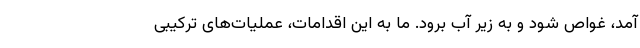
آمد، غواص شود و به زیر آب برود. ما به این اقدامات، عملیات‌های ترکیبی